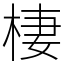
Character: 棲